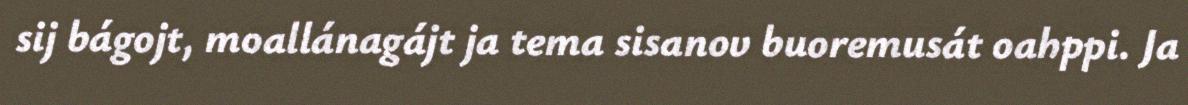
sij bágojt, moallánagájt ja tema sisanov buoremusát oahppi. Ja